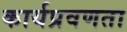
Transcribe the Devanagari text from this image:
कार्यप्रवणता